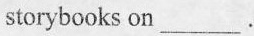
storybooks on___.